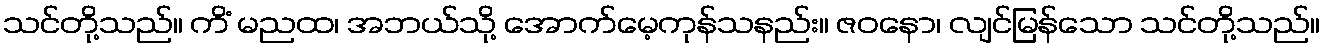
သင်တို့သည်။ ကိံ မညထ၊ အဘယ်သို့ အောက်မေ့ကုန်သနည်း။ ဇဝနော၊ လျင်မြန်သော သင်တို့သည်။